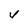
Character: v